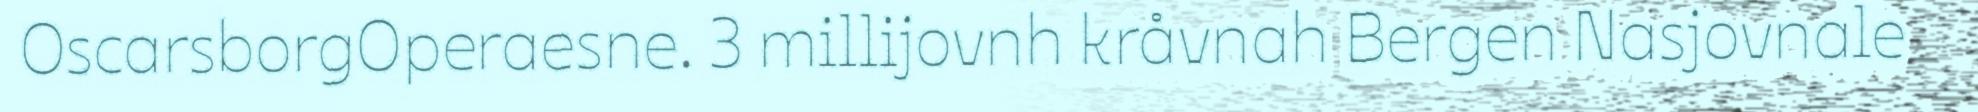
OscarsborgOperaesne. 3 millijovnh kråvnah Bergen Nasjovnale